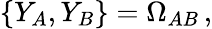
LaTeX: \{ Y_{A},Y_{B}\} =\Omega_{AB}\, ,